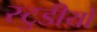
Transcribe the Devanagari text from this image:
स्टुडीयो